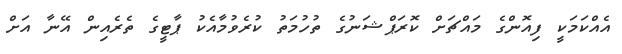
އެއްކަމަކީ ފިއޮންގެ މައްޗަށް ކޮރަޕްޝަނުގެ ތުހުމަތު ކުރެވުމާއެކު ޕާޓީގެ ތެރެއިން އޭނާ އަށް